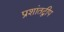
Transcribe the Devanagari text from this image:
प्रशांतद्वीप